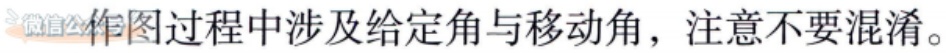
作图过程中涉及给定角与移动角，注意不要混淆。